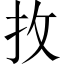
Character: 𢪛